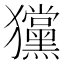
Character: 𤣞